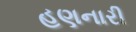
હણનારી